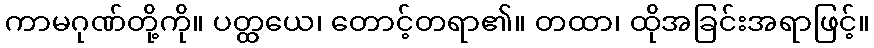
ကာမဂုဏ်တို့ကို။ ပတ္ထယေ၊ တောင့်တရာ၏။ တထာ၊ ထိုအခြင်းအရာဖြင့်။